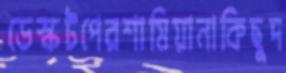
ডেস্কটপেরশামিয়ানাকিছুদ